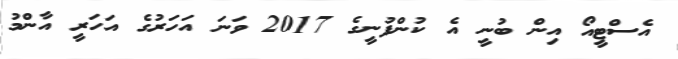
އެސްޓީއޯ އިން ބުނީ އެ ކުންފުނީގެ 2017 ވަނަ އަހަރުގެ އަހަރީ އާންމު